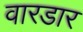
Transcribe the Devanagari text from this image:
वारडार